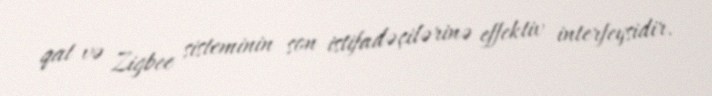
qat və Zigbee sisteminin son istifadəçilərinə effektiv interfeysidir.